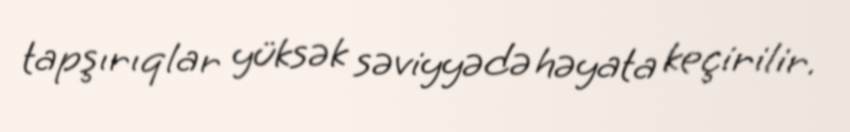
tapşırıqlar yüksək səviyyədə həyata keçirilir.